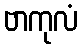
ဗာကုလံ